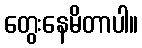
တွေးနေမိတာပါ။